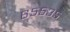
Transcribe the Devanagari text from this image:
६५५३५